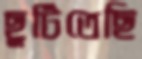
ছুটিতেছি